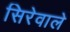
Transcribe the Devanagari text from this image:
सिरेवाले